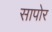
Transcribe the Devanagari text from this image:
सापोर